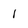
Character: l